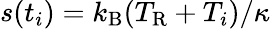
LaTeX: s(t_{i})=k_{\mathrm{B}}(T_{\mathrm{R}}+T_{i})/\kappa